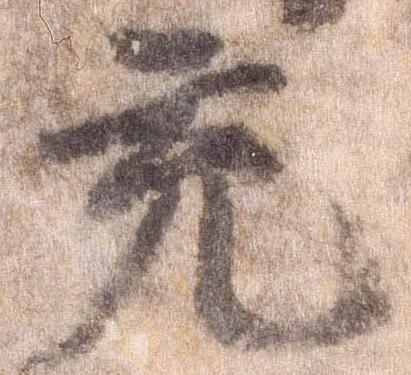
充